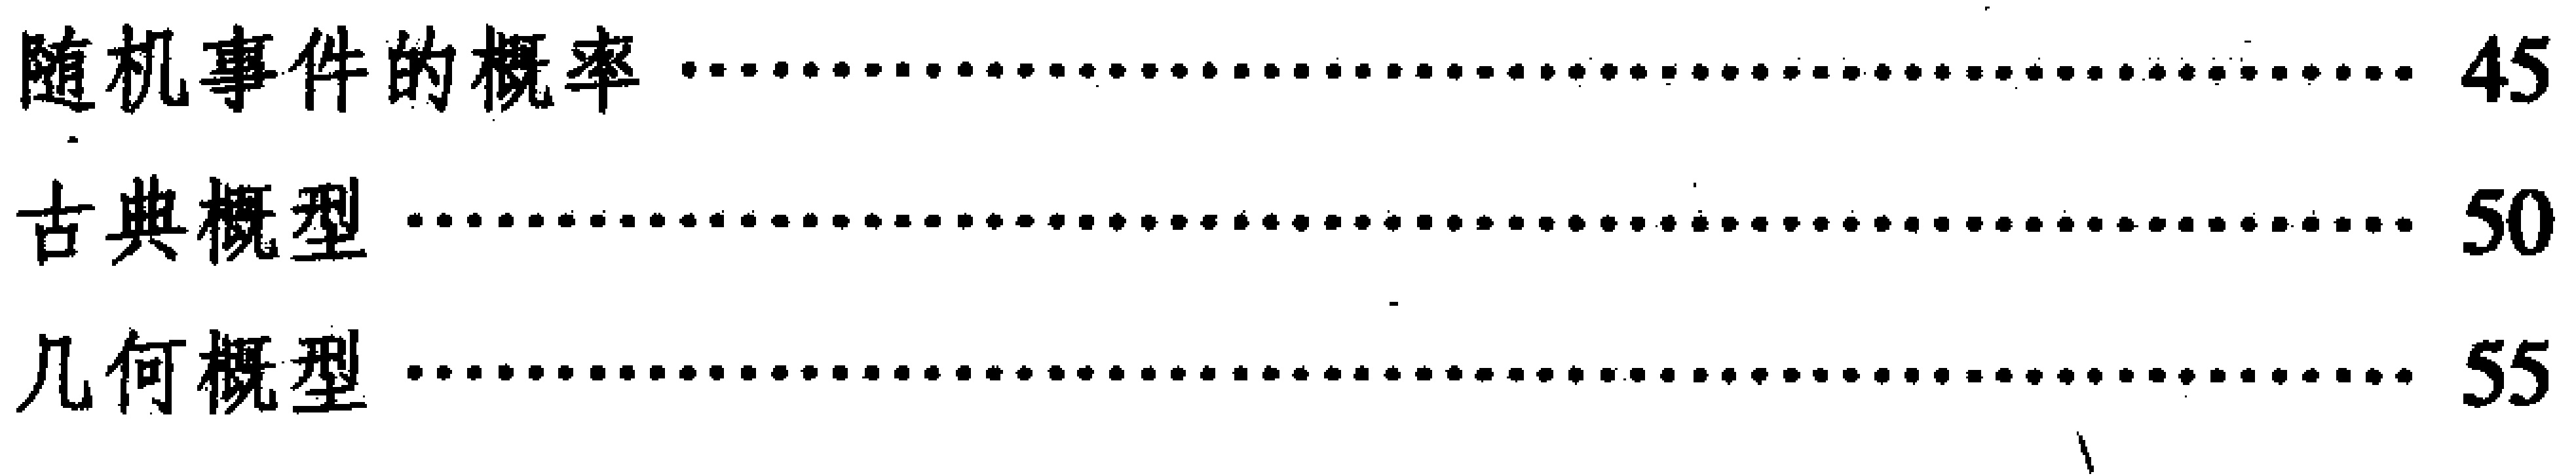
\begin{enumerate}

\item 随机事件的概率 \hfill 45

\item 古典概型 \hfill 50

\item 几何概型 \hfill 55

\end{enumerate}